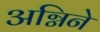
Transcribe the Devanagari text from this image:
अग्निने